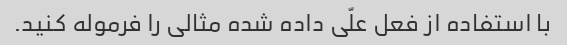
با استفاده از فعل علّی داده شده مثالی را فرموله کنید.